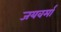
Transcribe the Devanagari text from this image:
जयवर्मा